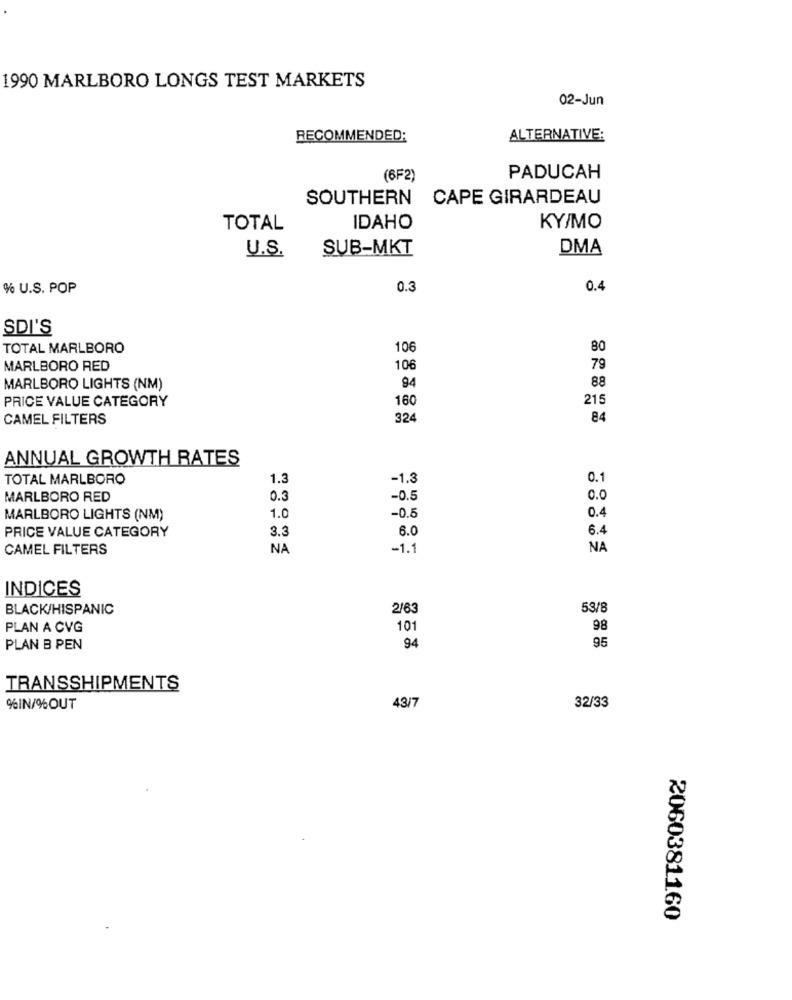
1990 MARLBORO LONGS TEST MARKETS
02-Jun
RECOMMENDED:
ALTERNATIVE:
(6F2)
PADUCAH
SOUTHERN
CAPE GIRARDEAU
TOTAL
IDAHO
KY/MO
U.S.
SUB-MKT
DMA
% U.S. POP
0.3
0.4
SDI'S
TOTAL MARLBORO
106
80
MARLBORO RED
106
79
88
MARLBORO LIGHTS (NM)
94
PRICE VALUE CATEGORY
160
215
CAMEL FILTERS
324
84
ANNUAL GROWTH RATES
TOTAL MARLBORO
1.3
-1.3
0.1
MARLBORO RED
0.3
-0.5
0.0
MARLBORO LIGHTS (NM)
1.0
-0.5
0.4
PRICE VALUE CATEGORY
6.0
6.4
3.3
CAMEL FILTERS
NA
-1.1
NA
INDICES
BLACK/HISPANIC
2/63
53/8
PLAN A CVG
101
98
95
PLAN B PEN
94
TRANSSHIPMENTS
%IN/%OUT
43/7
32/33
2060381160